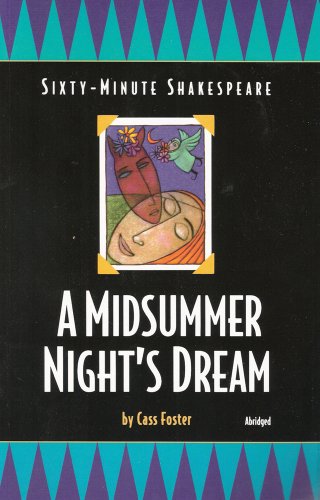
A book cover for A Midsummer Night's Dream: Sixty-Minute Shakespeare Series; Cass Foster; Literature & Fiction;